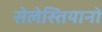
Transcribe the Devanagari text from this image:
सेलेस्तियानो